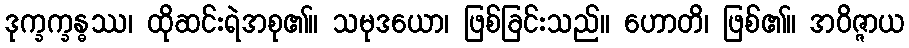
ဒုက္ခက္ခန္ဓဿ၊ ထိုဆင်းရဲအစု၏။ သမုဒယော၊ ဖြစ်ခြင်းသည်။ ဟောတိ၊ ဖြစ်၏။ အဝိဇ္ဇာယ